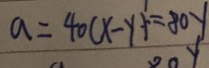
a = 4 0 ( x - y ) ^ { 1 } = 8 0 y